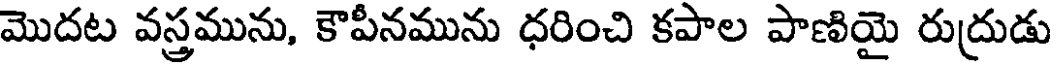
మొదట వస్త్రమును, కౌపీనమును ధరించి కపాల పాణియై రుద్రుడు